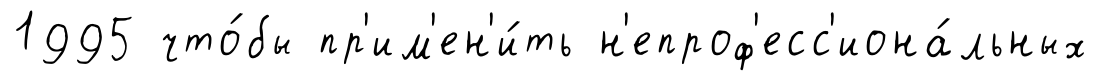
1995 что́бы пр'им'ен'и́ть н'епроф'есс'иона́льных